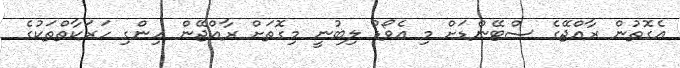
އެގޮތުން ރާއްޖޭގެ ސްޓޭންޑަށް މި އެވޯޑު ލިބުނީ މިގޮތަށް ރާއްޖޭން ހިންގި ހަރަކާތްތަކުގެ